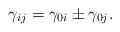
LaTeX: \begin{align*}\gamma_{ij} = \gamma_{0i} \pm \gamma_{0j}.\end{align*}